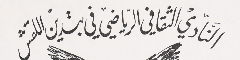
النَادي الثقافي الرياضي في بتدين اللقش